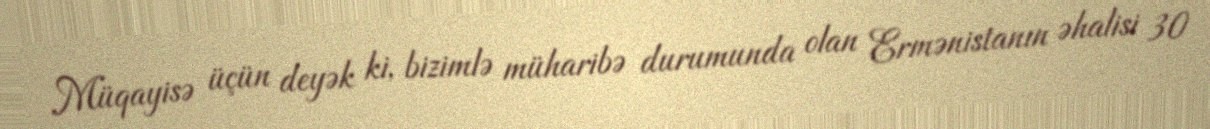
Müqayisə üçün deyək ki, bizimlə müharibə durumunda olan Ermənistanın əhalisi 30